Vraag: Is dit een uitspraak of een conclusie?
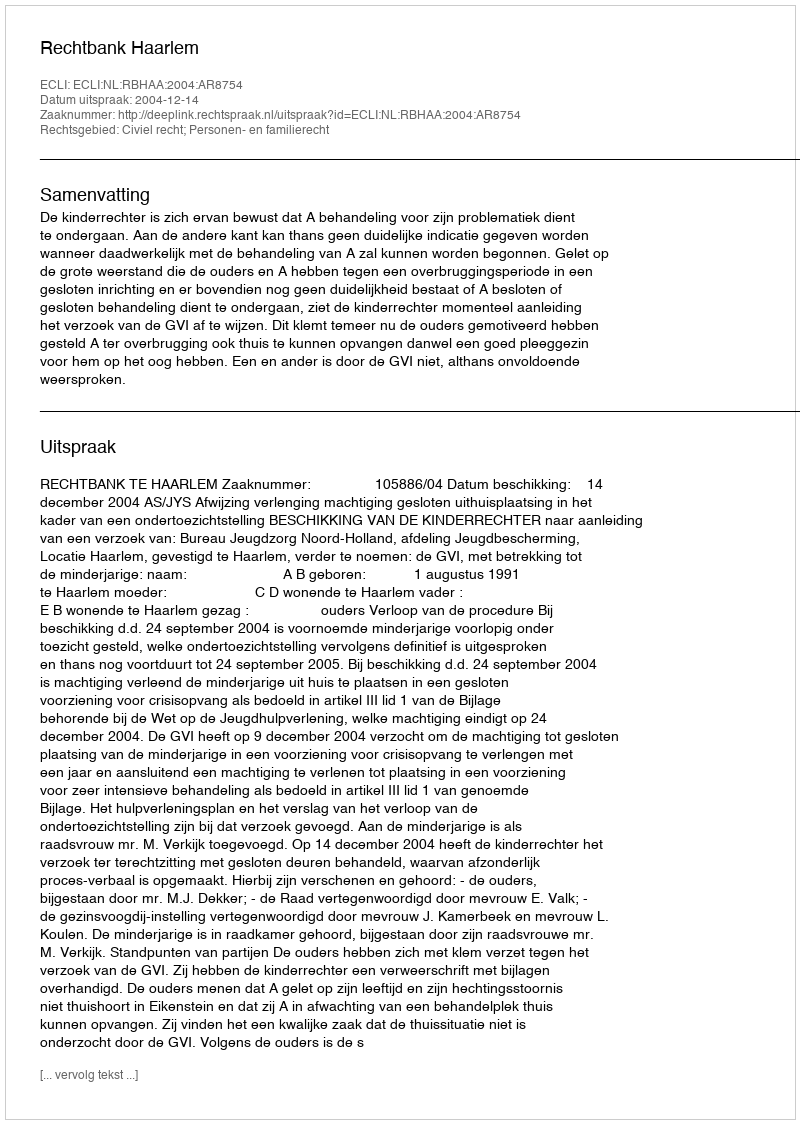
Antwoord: Uitspraak